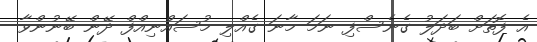
އެ ފޮތަށް ބަދަލު ގެނެސްފި ނަމަ މާނަ ގެއްލި މުސައްނިއްފް ދޭން ބޭނުންވާ